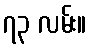
၇၃ လမ်း။